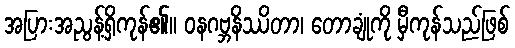
အပြားအညွန့်ရှိကုန်၏။ ဝနဂဗ္ဘနိဿိတာ၊ တောချုံကို မှီကုန်သည်ဖြစ်